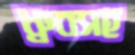
ধ্রুবসহ